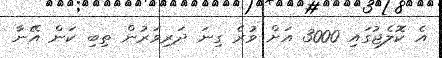
އެ ކޮލެޖުގައި 3000 އަށް ވުރެ ގިނަ ދަރިވަރުން ތިބި ކަން އޭނާ